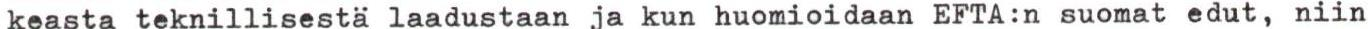
keasta teknillisestä laadustaan ja kun huomioidaan EFTA:n suomat edut, niin